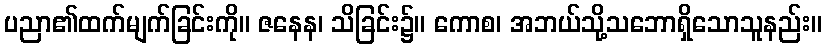
ပညာ၏ထက်မျက်ခြင်းကို။ ဇနေန၊ သိခြင်း၌။ ကောစ၊ အဘယ်သို့သဘောရှိသောသူနည်း။